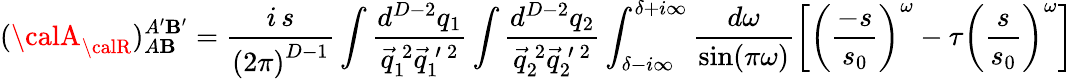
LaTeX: ({\calA}_{\calR})_{A\mathbf{B}}^{A^{\prime}\mathbf{B}^{\prime}}=\frac{{i\, s}}{{\left(2\pi\right)^{D-1}}}\int\frac{{d^{D-2}q_{1}}}{{\vec{{q}}_{1}^{\: 2}\vec{{q}}_{1}^{\: \prime\: 2}}}\int\frac{{d^{D-2}q_{2}}}{{\vec{{q}}_{2}^{\: 2}\vec{{q}}_{2}^{\: \prime\: 2}}}\int_{\delta-i\infty}^{\delta+i\infty}\frac{{d\omega}}{{\mathrm{{sin}}(\pi\omega)}}\left[\left(\frac{{-s}}{{s_{0}}}\right)^{\omega}-\tau\left(\frac{{s}}{{s_{0}}}\right)^{\omega}\right]